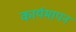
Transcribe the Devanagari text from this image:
कार्यमापन